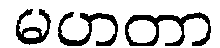
မဟတာ